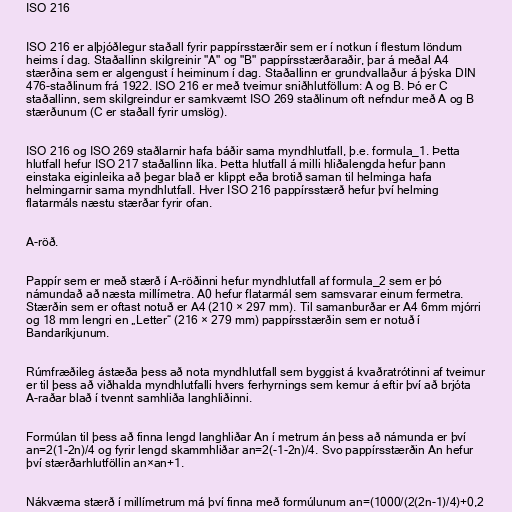
ISO 216

ISO 216 er alþjóðlegur staðall fyrir pappírsstærðir sem er í notkun í flestum löndum
heims í dag. Staðallinn skilgreinir "A" og "B" pappírsstærðaraðir, þar á meðal A4
stærðina sem er algengust í heiminum í dag. Staðallinn er grundvallaður á þýska DIN
476-staðlinum frá 1922. ISO 216 er með tveimur sniðhlutföllum: A og B. Þó er C
staðallinn, sem skilgreindur er samkvæmt ISO 269 staðlinum oft nefndur með A og B
stærðunum (C er staðall fyrir umslög).

ISO 216 og ISO 269 staðlarnir hafa báðir sama myndhlutfall, þ.e. formula_1. Þetta
hlutfall hefur ISO 217 staðallinn líka. Þetta hlutfall á milli hliðalengda hefur þann
einstaka eiginleika að þegar blað er klippt eða brotið saman til helminga hafa
helmingarnir sama myndhlutfall. Hver ISO 216 pappírsstærð hefur því helming
flatarmáls næstu stærðar fyrir ofan.

A-röð.

Pappír sem er með stærð í A-röðinni hefur myndhlutfall af formula_2 sem er þó
námundað að næsta millímetra. A0 hefur flatarmál sem samsvarar einum fermetra.
Stærðin sem er oftast notuð er A4 (210 × 297 mm). Til samanburðar er A4 6mm mjórri
og 18 mm lengri en „Letter“ (216 × 279 mm) pappírsstærðin sem er notuð í
Bandaríkjunum.

Rúmfræðileg ástæða þess að nota myndhlutfall sem byggist á kvaðratrótinni af tveimur
er til þess að viðhalda myndhlutfalli hvers ferhyrnings sem kemur á eftir því að brjóta
A-raðar blað í tvennt samhliða langhliðinni.

Formúlan til þess að finna lengd langhliðar An í metrum án þess að námunda er því
an=2(1-2n)/4 og fyrir lengd skammhliðar an=2(-1-2n)/4. Svo pappírsstærðin An hefur
því stærðarhlutföllin an×an+1.

Nákvæma stærð í millímetrum má því finna með formúlunum an=(1000/(2(2n-1)/4)+0,2